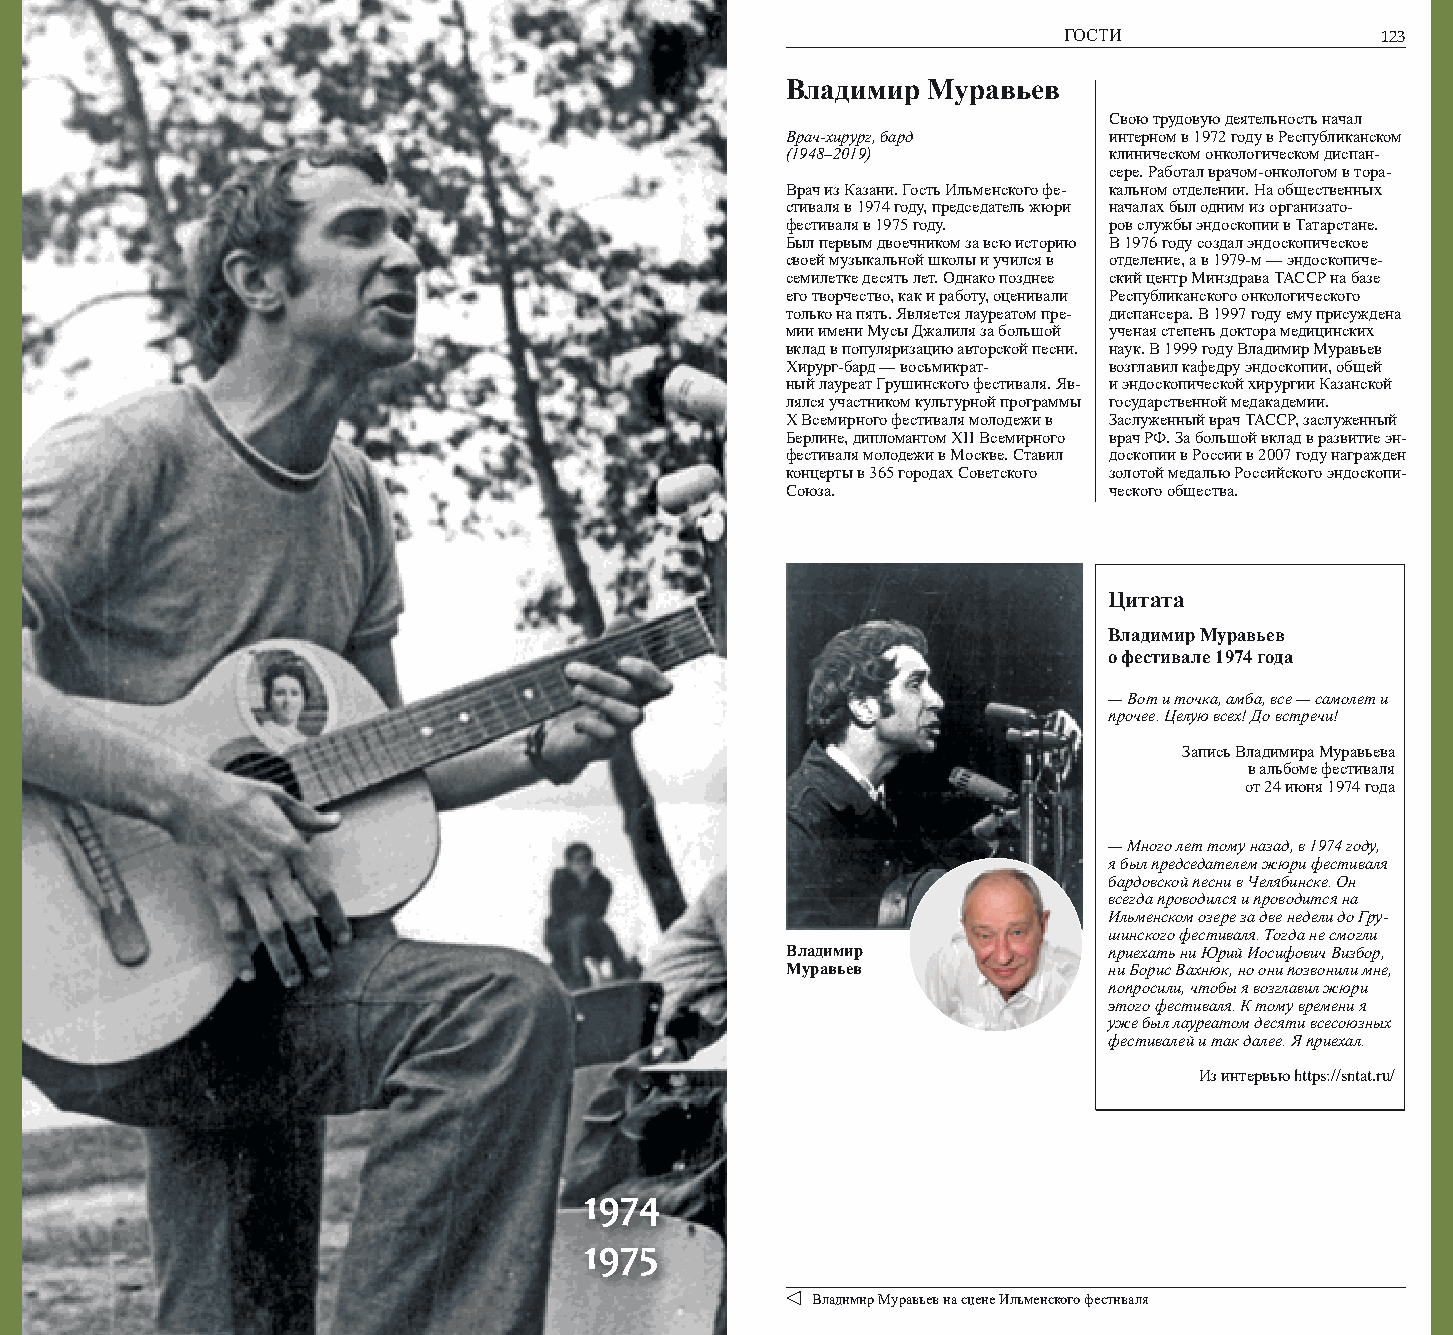
122          ИЛЬМЕНСКИЙ ФЕСТИВАЛЬ                                  ГОСТИ                123
 Владимир Муравьев
 Свою трудовую деятельность начал
 Врач-хирург, бард    интерном в 1972 году в Республиканском
 (1948–2019)          клиническом онкологическом диспан-
 сере. Работал врачом-онкологом в тора-
 Врач из Казани. Гость Ильменского фе- кальном отделении. На общественных
 стиваля в 1974 году, председатель жюри началах был одним из организато-
 фестиваля в 1975 году. ров службы эндоскопии в Татарстане.
 Был первым двоечником за всю историю В 1976 году создал эндоскопическое
 своей музыкальной школы и учился в отделение, а в 1979-м — эндоскопиче-
 семилетке десять лет. Однако позднее ский центр Минздрава ТАССР на базе
 его творчество, как и работу, оценивали Республиканского онкологического
 только на пять. Является лауреатом пре- диспансера. В 1997 году ему присуждена
 мии имени Мусы Джалиля за большой ученая степень доктора медицинских
 вклад в популяризацию авторской песни. наук. В 1999 году Владимир Муравьев
 Хирург-бард — восьмикрат- возглавил кафедру эндоскопии, общей
 ный лауреат Грушинского фестиваля. Яв- и эндоскопической хирургии Казанской
 лялся участником культурной программы государственной медакадемии.
 Х Всемирного фестиваля молодежи в Заслуженный врач ТАССР, заслуженный
 Берлине, дипломантом ХII Всемирного врач РФ. За большой вклад в развитие эн-
 фестиваля молодежи в Москве. Ставил доскопии в России в 2007 году награжден
 концерты в 365 городах Советского золотой медалью Российского эндоскопи-
 Союза.               ческого общества.
 Цитата
 Владимир Муравьев
 о фестивале 1974 года
 — Вот и точка, амба, все — самолет и
 прочее. Целую всех! До встречи!
 Запись Владимира Муравьева
 в альбоме фестиваля
 от 24 июня 1974 года
 — Много лет тому назад, в 1974 году,
 я был председателем жюри фестиваля
 бардовской песни в Челябинске. Он
 всегда проводился и проводится на
 Ильменском озере за две недели до Гру-
 шинского фестиваля. Тогда не смогли
 Владимир             приехать ни Юрий Иосифович Визбор,
 Муравьев             ни Борис Вахнюк, но они позвонили мне,
 попросили, чтобы я возглавил жюри
 этого фестиваля. К тому времени я
 уже был лауреатом десяти всесоюзных
 фестивалей и так далее. Я приехал.
 Из интервью https://sntat.ru/
 1974
 1975
 Владимир Муравьев на сцене Ильменского фестиваля